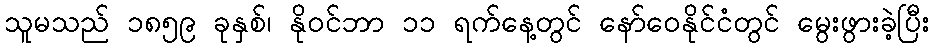
သူမသည် ၁၈၅၉ ခုနှစ်၊ နိုဝင်ဘာ ၁၁ ရက်နေ့တွင် နော်ဝေနိုင်ငံတွင် မွေးဖွားခဲ့ပြီး